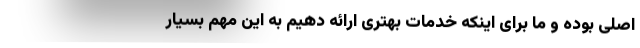
اصلی بوده و ما برای اینکه خدمات بهتری ارائه دهیم به این مهم بسیار